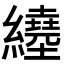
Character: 𦇇